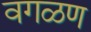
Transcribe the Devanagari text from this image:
वगळण